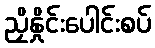
ညှိနှိုင်းပေါင်းစပ်